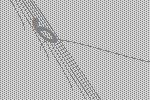
6